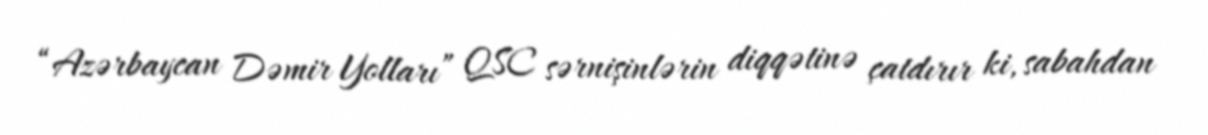
“Azərbaycan Dəmir Yolları” QSC sərnişinlərin diqqətinə çatdırır ki, sabahdan